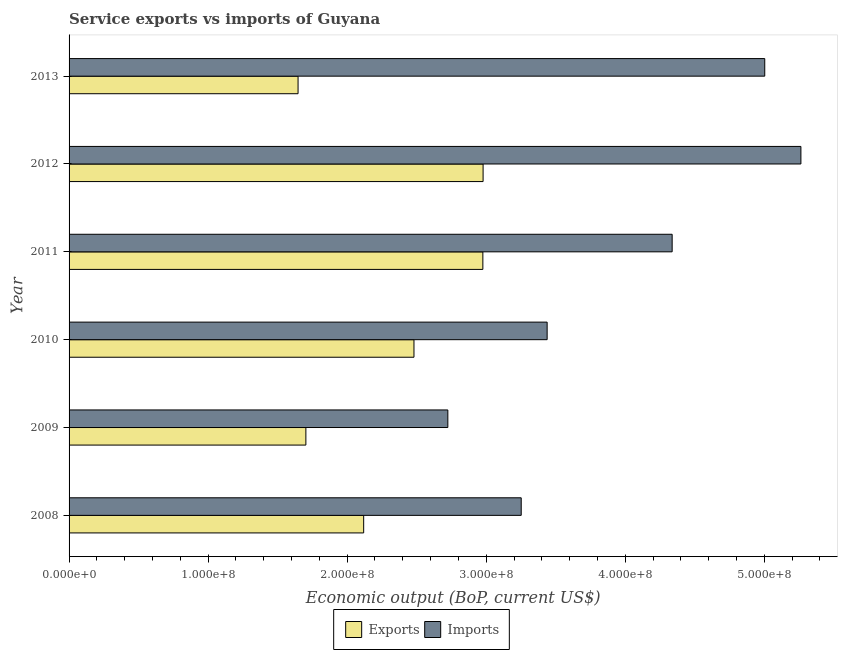
| Year | Exports | Imports |
 | --- | --- | --- |
 | 2008 | 2.12e+08 | 3.25e+08 |
 | 2009 | 1.7e+08 | 2.72e+08 |
 | 2010 | 2.48e+08 | 3.44e+08 |
 | 2011 | 2.98e+08 | 4.34e+08 |
 | 2012 | 2.98e+08 | 5.26e+08 |
 | 2013 | 1.65e+08 | 5e+08 |